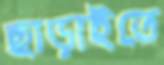
ছাড়াইতে